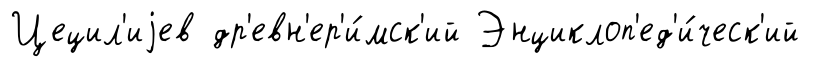
Цецил'иjев др'евн'ер'и́мск'ий Энциклоп'ед'и́ческ'ий